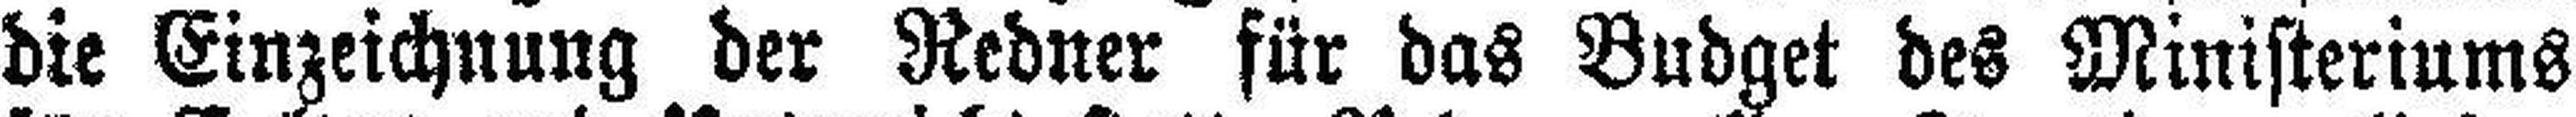
die Einzeichnung der Redner für das Budget des Ministeriums